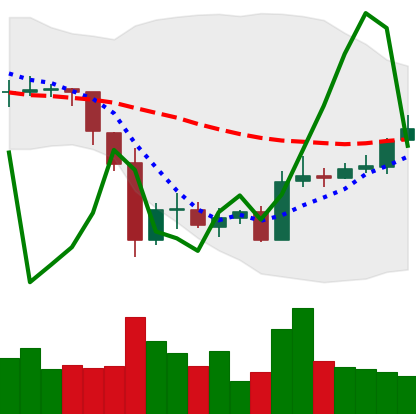
Ticker: BTC-USD
Chart end date: 2015-06-14
Forward return: 4.737%
Label: up_3_5